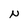
Character: n